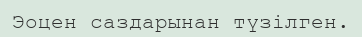
Эоцен саздарынан түзілген.